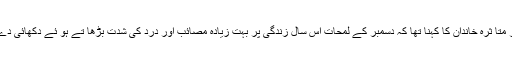
اس موقع پر متا ثرہ خاندان کا کہنا تھا کہ دسمبر کے لمحات اس سال زندگی پر بہت زیادہ مصائب اور درد کی شدت بڑھا تے ہو ئے دکھائی دے رہے ہیں۔